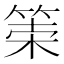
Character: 𥮮